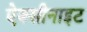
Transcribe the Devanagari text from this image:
ऐक्सीनाइट